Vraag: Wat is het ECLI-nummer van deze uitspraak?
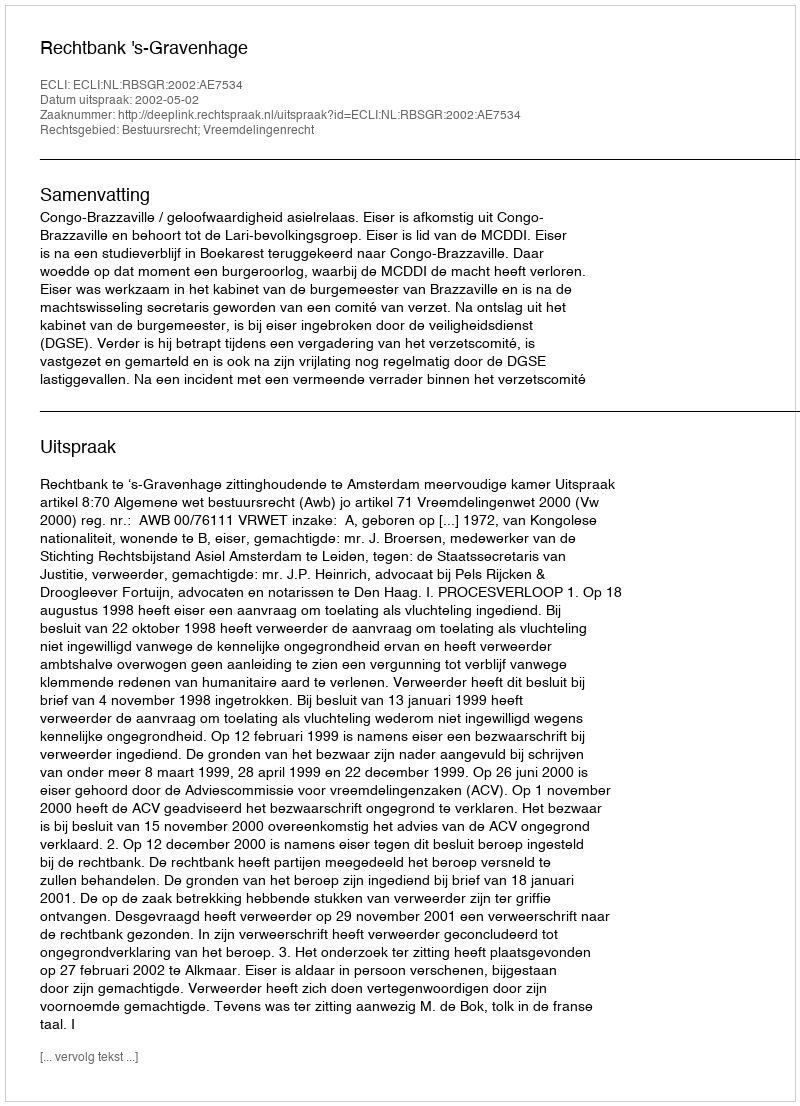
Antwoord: ECLI:NL:RBSGR:2002:AE7534